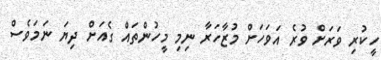
ހީކުރި ވަރަށް ވުރެ އަވަހަށް މުޒާހަރާ ނިމި މީހުންތައް ގެއަށް ދިޔަ ނަމަވެސް